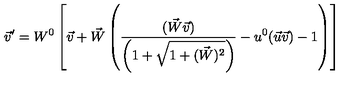
\vec { v } ^ { \prime } = W ^ { 0 } \left[ \vec { v } + \vec { W } \left( \frac { ( \vec { W } \vec { v } ) } { \left( 1 + \sqrt { 1 + ( \vec { W } ) ^ { 2 } } \right) } - u ^ { 0 } ( \vec { u } \vec { v } ) - 1 \right) \right]